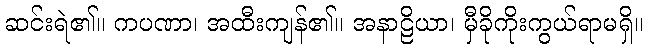
ဆင်းရဲ၏။ ကပဏာ၊ အထီးကျန်၏။ အနာဠိယာ၊ မှီခိုကိုးကွယ်ရာမရှိ။